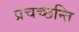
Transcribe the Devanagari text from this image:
प्रचच्छन्ति